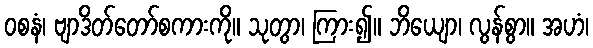
ဝစနံ၊ ဗျာဒိတ်တော်စကားကို။ သုတွာ၊ ကြား၍။ ဘိယျော၊ လွန်စွာ။ အဟံ၊